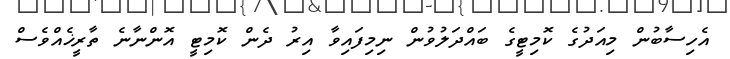
އެހިސާބުން މިއަދުގެ ކޮމިޓީގެ ބައްދަލުވުން ނިމިފައިވާ އިރު ދެން ކޮމިޓީ އޮންނާނެ ތާރީޚެއްވެސް